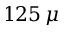
1 2 5 \, \mu